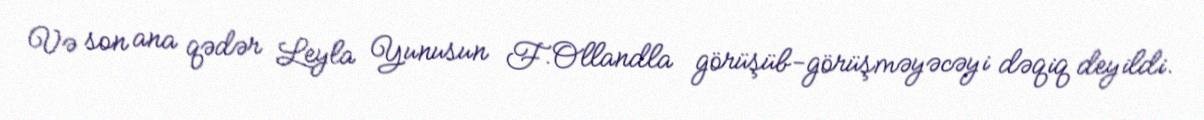
Və son ana qədər Leyla Yunusun F.Ollandla görüşüb-görüşməyəcəyi dəqiq deyildi.